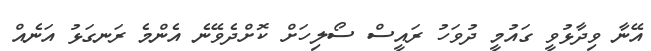
އޭނާ ވިދާޅުވީ ގައުމީ ދުވަހު ރައީސް ސޯލިހަށް ކޮށްދެވޭނެ އެންމެ ރަނގަޅު އަނެއް